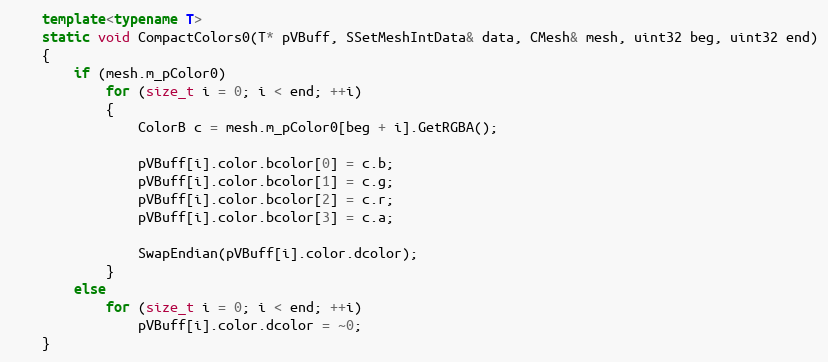
Language: C++
	template<typename T>
	static void CompactColors0(T* pVBuff, SSetMeshIntData& data, CMesh& mesh, uint32 beg, uint32 end)
	{
		if (mesh.m_pColor0)
			for (size_t i = 0; i < end; ++i)
			{
				ColorB c = mesh.m_pColor0[beg + i].GetRGBA();

				pVBuff[i].color.bcolor[0] = c.b;
				pVBuff[i].color.bcolor[1] = c.g;
				pVBuff[i].color.bcolor[2] = c.r;
				pVBuff[i].color.bcolor[3] = c.a;

				SwapEndian(pVBuff[i].color.dcolor);
			}
		else
			for (size_t i = 0; i < end; ++i)
				pVBuff[i].color.dcolor = ~0;
	}